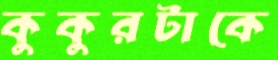
কুকুরটাকে